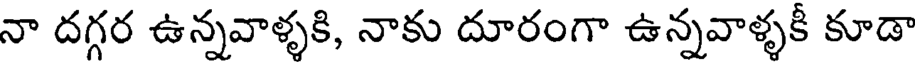
నా దగ్గర ఉన్నవాళ్ళకి, నాకు దూరంగా ఉన్నవాళ్ళకీ కూడా